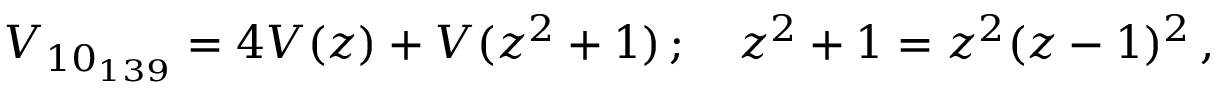
V _ { 1 0 _ { 1 3 9 } } = 4 { \cal V } ( z ) + { \cal V } ( z ^ { 2 } + 1 ) \, ; \quad z ^ { 2 } + 1 = z ^ { 2 } ( z - 1 ) ^ { 2 } \, ,